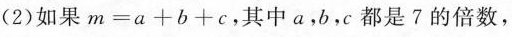
(2)如果m=a+b+c，其中a，b，c都是7的倍数，